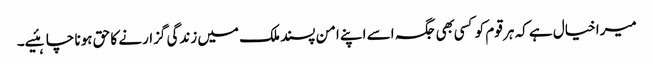
میرا خیال ہے کہ ہر قوم کو کسی بهی جگہ اسے اپنے امن پسند ملک میں زندگی گزارنے کا حق ہونا چاہئیے۔